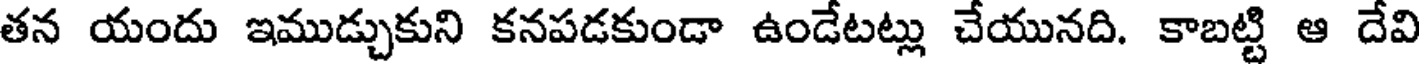
తన యందు ఇముడ్చుకుని కనపడకుండా ఉండేటట్లు చేయునది. కాబట్టి ఆ దేవి